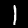
Label: 1